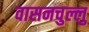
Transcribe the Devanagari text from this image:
वासनचुल्लु